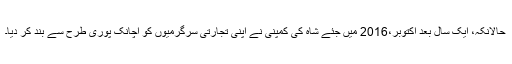
حالانکہ، ایک سال بعد اکتوبر،2016 میں جئے شاہ کی کمپنی نے اپنی تجارتی سرگرمیوں کو اچانک پوری طرح سے بند کر دیا۔